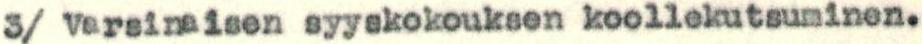
3/ Varsinaisen syyskokouksen koollekutsuminen.